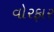
વોરફાર